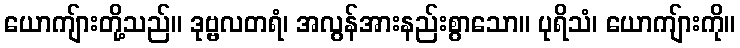
ယောကျ်ားတို့သည်။ ဒုဗ္ဗလတရံ၊ အလွန်အားနည်းစွာသော။ ပုရိသံ၊ ယောကျ်ားကို။